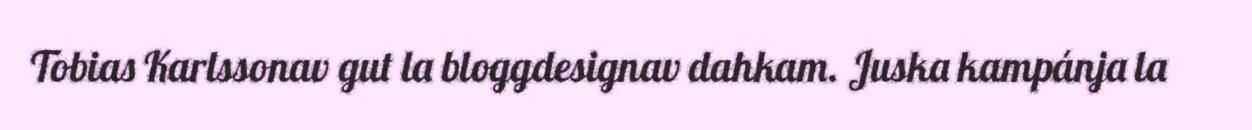
Tobias Karlssonav gut la bloggdesignav dahkam. Juska kampánja la